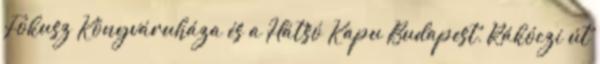
Fókusz Könyváruháza és a Hátsó Kapu Budapest, Rákóczi út